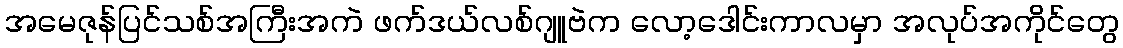
အမေဇုန်ပြင်သစ်အကြီးအကဲ ဖက်ဒယ်လစ်ဂျူဗဲက လော့ဒေါင်းကာလမှာ အလုပ်အကိုင်တွေ